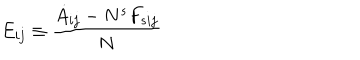
E _ { i j } \equiv \frac { \dot { A } _ { i j } - N ^ { s } F _ { s i j } } { N }